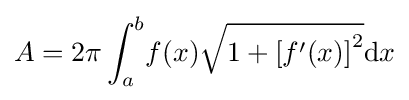
A=2\pi \int _{a}^{b}\!f(x){\sqrt {1+\left[f'(x)\right]^{2}}}\mathrm {d} x